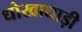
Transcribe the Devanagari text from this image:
धोखाधाड़ी